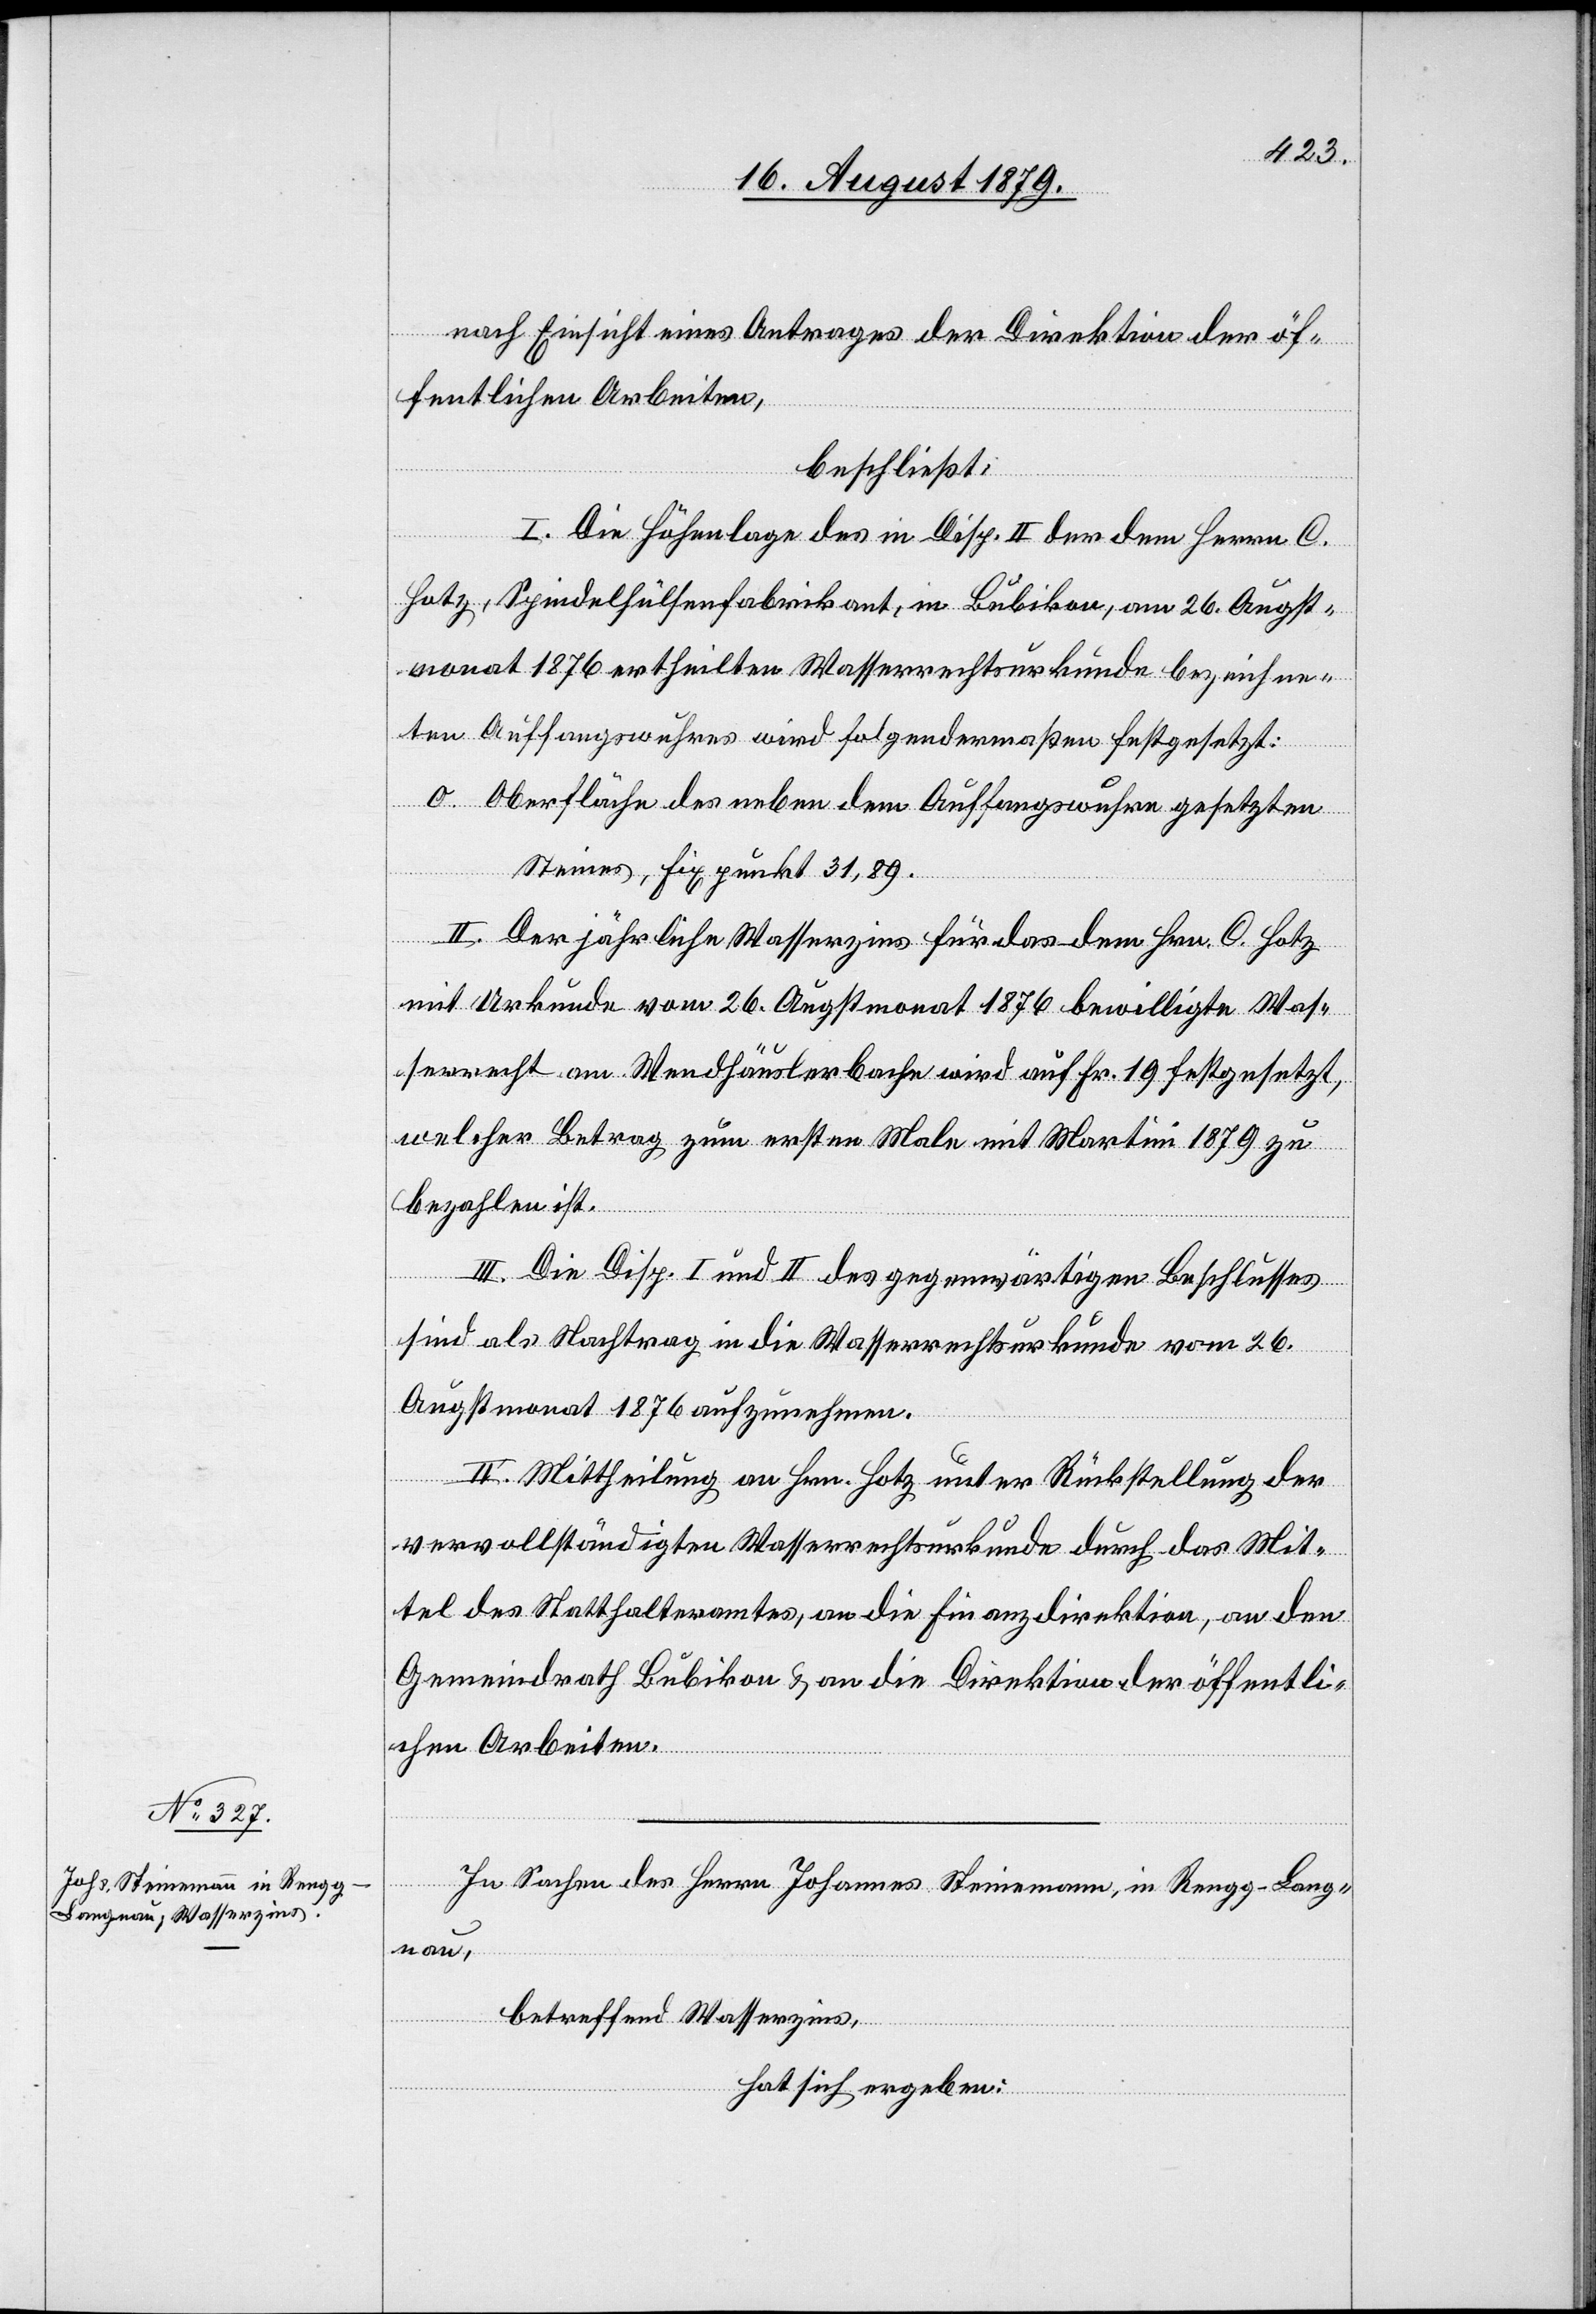
nach Einsicht eines Antrages der Direktion der öf¬
fentlichen Arbeiten,
beschließt:
I. Die Höhenlage des in Disp. II der dem Herren C.
Hotz, Spindelhülsenfabrikant, in Bubikon, am 26. Augst¬
monat 1876 ertheilten Wasserrechtsurkunde bezeichne¬
ten Auffangswuhres wird folgendermaßen festgesetzt:
O. Oberfläche des neben dem Auffangswuhre gesetzten
Steiens, Fixpunkt 31,89.
II. Der Jährliche Wasserzins für das dem Hrn. C. Hotz
mit Urkunde vom 26. Augstmonat 1876 bewilligte Was¬
serrecht am Wendhäuslerbache wird auf Fr. 19 festgesetzt,
welcher Betrag zum ersten Male mit Martini 1879 zu
bezahlen ist.
III. Die Disp. I und II des gegenwärtigen Beschlusses
sind als Nachtrag in die Wasserrechtsurkunde vom 26.
Augstmonat 1876 aufzunehmen.
IV. Mittheilung an Hrn. Hotz unter Rückstellung der
vervollständigten Wasserrechtsurkunde durch das Mit¬
tel des Statthalteramtes, an die Finanzdirektion, an den
Gemeindrath Bubikon & an die Direktion der öffentli¬
chen Arbeiten.
In Sachen des Herrn Johannes Steinemann, in Rengg - Lang¬
nau,
betreffend Wasserzins,
hat sich ergeben: